Reports on dispensaries and lunatic asylums in the Province of Oudh - 1869-1876
Year: 1869
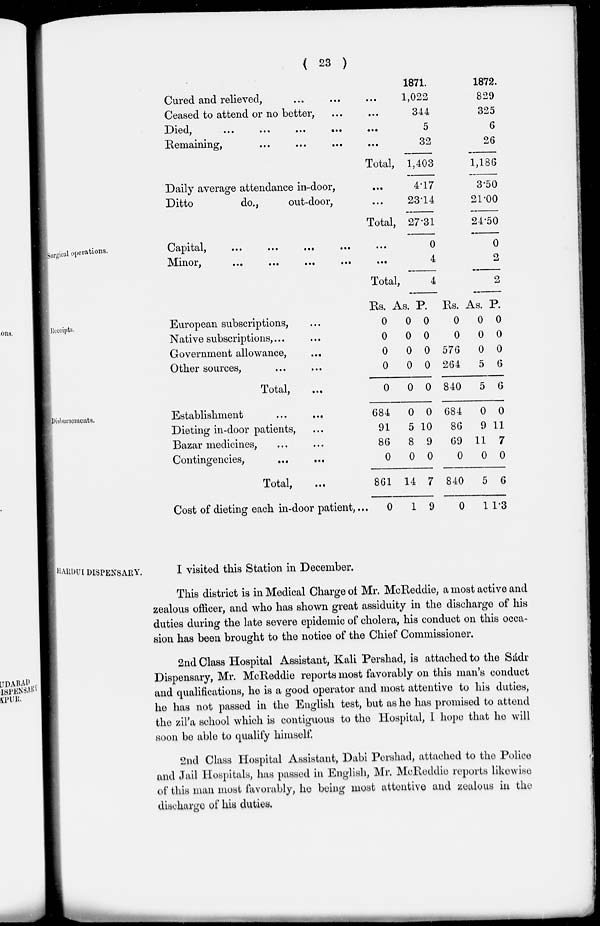
( 23 )
Cured and relieved, ... ... ...
Ceased to attend or no better, ... ...
Died,
...
...
...
...
...
Remaining, ... ... ... ...
Total, ...
Daily average attendance in-door, ...
Ditto
do.,
out-door, ...
Total,
1871.
1,022
344
5
32
1,403
4.17
23.14
27.31
1872.
829
325
6
26
1,186
3.50
21.00
24.50
Surgical operations.
Capital,
...
...
...
...
...
Minor,
...
...
...
...
...
Total,
0
4
4
0
2
2
Receipts.
European subscriptions, ...
Native subscriptions, ... ...
Government allowance,
...
Other sources, ... ...
Total, ...
Rs.
0
0
0
0
0
As.
0
0
0
0
0
P.
0
0
0
0
0
Rs.
0
0
576
264
840
As.
0
0
0
5
5
P.
0
0
0
6
6
Disbursements.
Establishment ... ...
Dieting in-door patients, ...
Bazar medicines, ... ...
Contingencies,
...
...
Total, ...
Cost of dieting each in-door patient,...
684
91
86
0
861
0
0
5
8
0
14
1
0
10
9
0
7
9
684
86
69
0
840
0
0
9
11
0
5
1
0
11
7
0
6
1.3
HARDUI DISPENSARY.
I visited this Station in December.
This district is in Medical Charge of Mr. McReddie, a most active and
zealous officer, and who has shown great assiduity in the discharge of his
duties during the late severe epidemic of cholera, his conduct on this occa-
sion has been brought to the notice of the Chief Commissioner.
2nd Class Hospital Assistant, Kali Pershad, is attached to the Sádr
Dispensary, Mr. McReddie reports most favorably on this man's conduct
and qualifications, he is a good operator and most attentive to his duties,
he has not passed in the English test, but as he has promised to attend
the zil'a school which is contiguous to the Hospital, I hope that he will
soon be able to qualify himself.
2nd Class Hospital Assistant, Dabi Pershad, attached to the Police
and Jail Hospitals, has passed in English, Mr. McReddie reports likewise
of this man most favorably, he being most attentive and zealous in the
discharge of his duties.